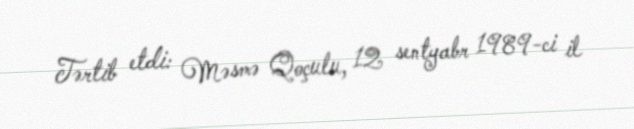
Tərtib etdi: Məsmə Qoçulu, 12 sentyabr 1989-ci il